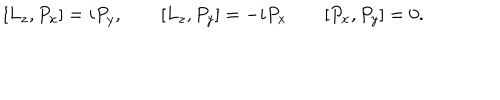
[ L _ { z } , P _ { x } ] = i P _ { y } , \qquad [ L _ { z } , P _ { y } ] = - i P _ { x } \qquad [ P _ { x } , P _ { y } ] = 0 .